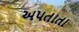
અપતાતા